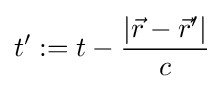
t':=t-{\frac {|{\vec {r}}-{\vec {r}}'|}{c}}